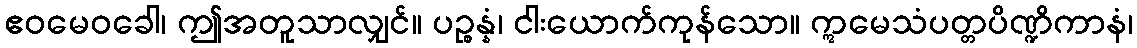
ဧဝမေဝခေါ၊ ဤအတူသာလျှင်။ ပဉ္စန္နံ၊ ငါးယောက်ကုန်သော။ ဣမေသံပတ္တပိဏ္ဍိကာနံ၊